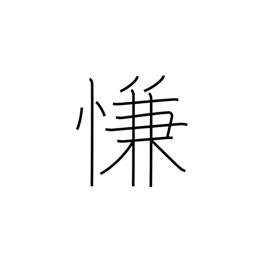
Meaning: satisfaction